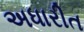
અધારીત